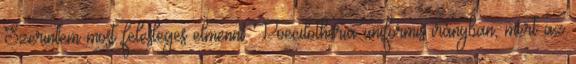
Szerintem most felesleges elmenni Poecilotheria uniformis irányban, mert az